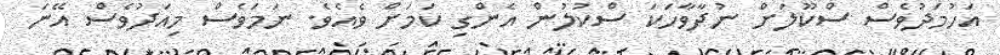
އަހުމަދުވެސް ސްކޫލަށް ނުދާވާހަކަ ސްކުލުން އެންގި ކަމަށް ވެއެވެ. ނަމަވެސް މިއަދުވެސް އޭނަ